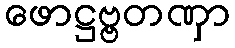
ဖောဋ္ဌဗ္ဗတဏှာ